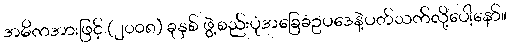
အဓိကအားဖြင့် (၂၀၀၈) ခုနှစ် ဖွဲ့စည်းပုံအခြေခံဥပဒေနဲ့ပတ်သက်လို့ပေါ့နော်။